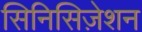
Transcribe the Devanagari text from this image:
सिनिसिज़ेशन